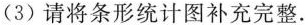
(3)请将条形统计图补充完整.